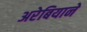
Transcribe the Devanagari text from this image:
अरेबियाने